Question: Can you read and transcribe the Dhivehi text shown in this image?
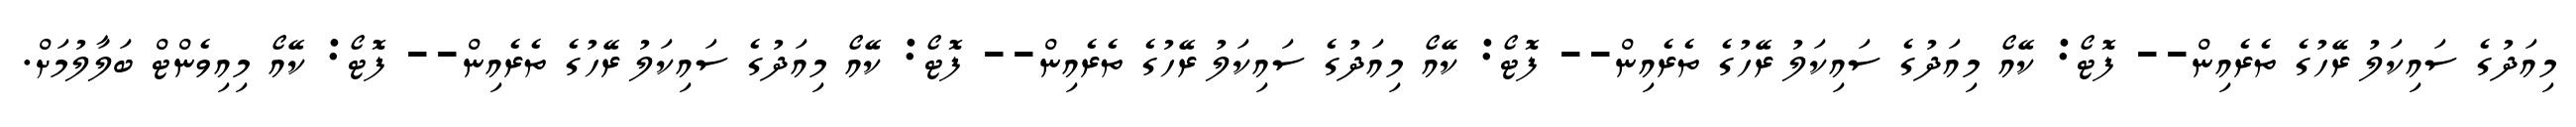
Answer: މިއަދުގެ ސައިކަލު ރޭހުގެ ތެރެއިން-- ފޮޓޯ: ކޭއޯ މިއަދުގެ ސައިކަލު ރޭހުގެ ތެރެއިން-- ފޮޓޯ: ކޭއޯ މިއަދުގެ ސައިކަލު ރޭހުގެ ތެރެއިން-- ފޮޓޯ: ކޭއޯ މިއަދުގެ ސައިކަލު ރޭހުގެ ތެރެއިން-- ފޮޓޯ: ކޭއޯ މިއިވެންޓް ބަލާލުމަށް.